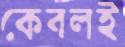
কেবলই